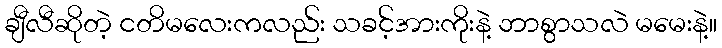
ချီလီဆိုတဲ့ ငတိမလေးကလည်း သခင့်အားကိုးနဲ့ ဘာစွာသလဲ မမေးနဲ့။